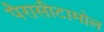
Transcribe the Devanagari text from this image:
पैरासीटामोल